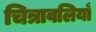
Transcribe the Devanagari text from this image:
चित्रावलियाँ